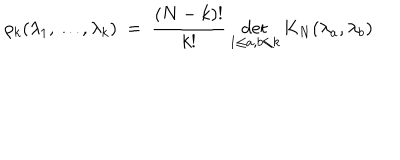
\rho _ { k } ( \lambda _ { 1 } , \ldots , \lambda _ { k } ) ~ = ~ \frac { ( N - k ) ! } { k ! } \det _ { 1 \le a , b \le k } K _ { N } ( \lambda _ { a } , \lambda _ { b } )